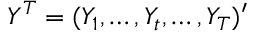
Y ^ { T } = ( Y _ { 1 } , \dots , Y _ { t } , \dots , Y _ { T } ) ^ { \prime }